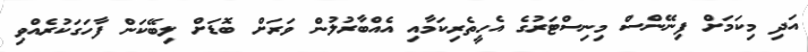
އަދި މިކަމަށް ފިނޭންސް މިނިސްޓަރުގެ އެހީތެރިކަމާއި އެއްބާރުލުން ވަރަށް ބޮޑަށް ލިބޭކަން ފާހަގަކުރެއްވި